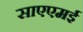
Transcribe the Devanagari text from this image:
साएएमई